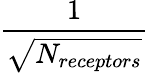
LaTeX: \frac{1}{\sqrt{N_{receptors}}}